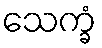
သေက္ခံ